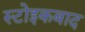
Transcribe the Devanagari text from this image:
स्टोइकबाद